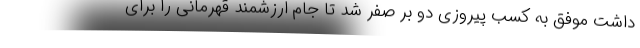
داشت موفق به کسب پیروزی دو بر صفر شد تا جام ارزشمند قهرمانی را برای